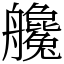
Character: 艬